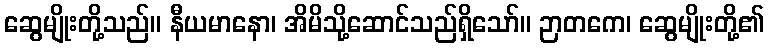
ဆွေမျိုးတို့သည်။ နီယမာနော၊ အိမိသို့ဆောင်သည်ရှိသော်။ ဉာတကေ၊ ဆွေမျိုးတို့၏